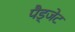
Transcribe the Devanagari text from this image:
पैड्जेट